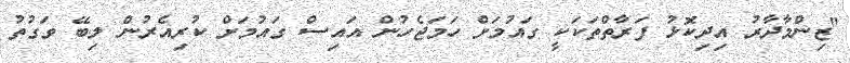
"ޒިންމާދާރު އިދިކޮޅު ފަރާތްތަކަކީ ގައުމަށް ހަމަޖެހުން އައިސް ގައުމަށް ކުރިއެރުން ލިބޭ ވަގުތު